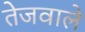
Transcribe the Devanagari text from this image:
तेजवाले